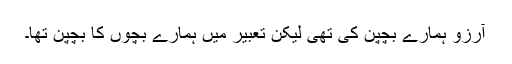
آرزو ہمارے بچپن کی تھی لیکن تعبیر میں ہمارے بچوں کا بچپن تھا۔